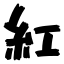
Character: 紅